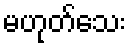
မဟုတ်သေး